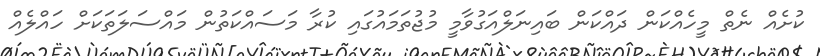
ކުށެއް ނެތް މީހެއްކަން ދައްކަން ބައިނަލްއަގުވާމީ މުޖުތަމައުގައި ކުރާ މަސައްކަތުން މައްސަލަތަކަށް ހައްލެއް